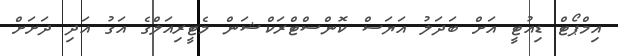
އިމްޕޯޓް ޑިއުޓީ އަށް ބަދަލު އަޔަސް ކޮންސްޓްރަކްޝަން މެޓީރިއަލްގެ އަގު އަދި ދަށަށް